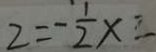
2 = - \frac { 1 } { 2 } x